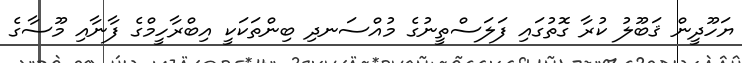
ޔަހޫދީން ޤަބޫލު ކުރާ ގޮތުގައި ފަލަސްތީނުގެ މުއްސަނދި ބިންތަކަކީ އިބްރާހީމްގެ ފާނާއި މޫސާގެ